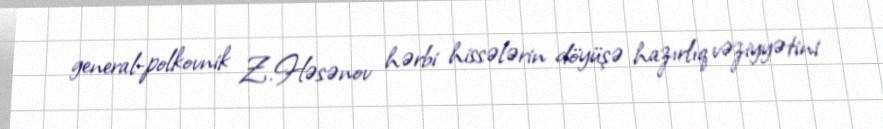
general-polkovnik Z.Həsənov hərbi hissələrin döyüşə hazırlıq vəziyyətini